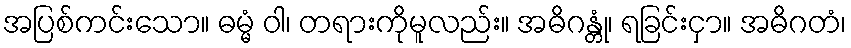
အပြစ်ကင်းသော။ ဓမ္မံ ဝါ၊ တရားကိုမူလည်း။ အဓိဂန္တုံ၊ ရခြင်းငှာ။ အဓိဂတံ၊